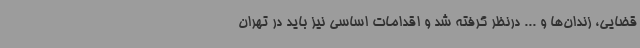
قضایی، زندان‌ها و ... درنظر گرفته شد و اقدامات اساسی نیز باید در تهران